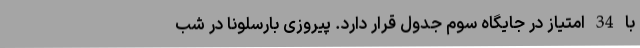
با 34 امتیاز در جایگاه سوم جدول قرار دارد. پیروزی بارسلونا در شب